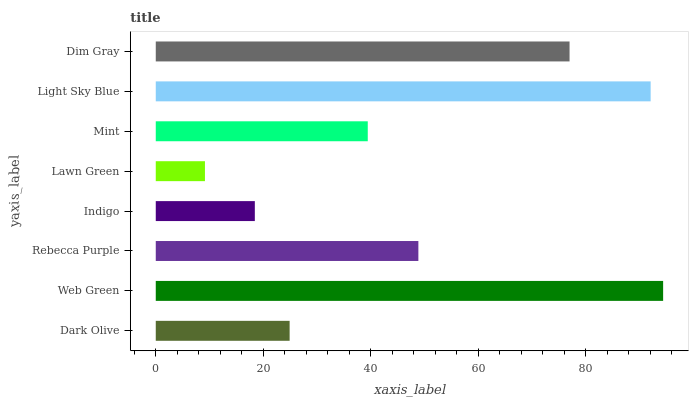
| yaxis_label | bars |
 | --- | --- |
 | Dark Olive | 24.9 |
 | Web Green | 94.4 |
 | Rebecca Purple | 48.9 |
 | Indigo | 18.4 |
 | Lawn Green | 9.15 |
 | Mint | 39.4 |
 | Light Sky Blue | 92.1 |
 | Dim Gray | 77 |